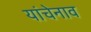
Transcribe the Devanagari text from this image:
यांचेनाव